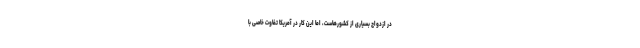
در ازدواج بسیاری از کشورهاست، اما این کار در آمریکا تفاوت خاصی با